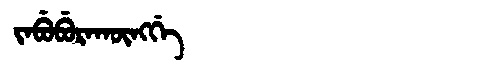
Manchu: ᠵᠠᠪᡠᠪᡠᡵᠠᡴᡡᠩᡤᡝ
Romanization: JABUBURAKŪNGGE